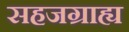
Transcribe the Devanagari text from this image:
सहजग्राह्य